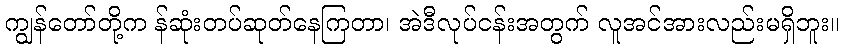
ကျွန်တော်တို့က န်ဆုံးတပ်ဆုတ်နေကြတာ၊ အဲဒီလုပ်ငန်းအတွက် လူအင်အားလည်းမရှိဘူး။